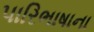
પારિભાષાના